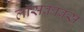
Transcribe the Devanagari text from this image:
लॉसकाक्स